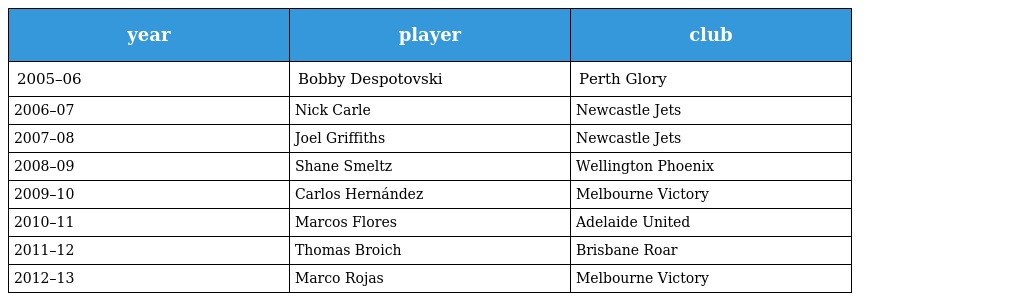
| year | player | club |
 | --- | --- | --- |
 | 2005–06 | Bobby Despotovski | Perth Glory |
 | 2006–07 | Nick Carle | Newcastle Jets |
 | 2007–08 | Joel Griffiths | Newcastle Jets |
 | 2008–09 | Shane Smeltz | Wellington Phoenix |
 | 2009–10 | Carlos Hernández | Melbourne Victory |
 | 2010–11 | Marcos Flores | Adelaide United |
 | 2011–12 | Thomas Broich | Brisbane Roar |
 | 2012–13 | Marco Rojas | Melbourne Victory |